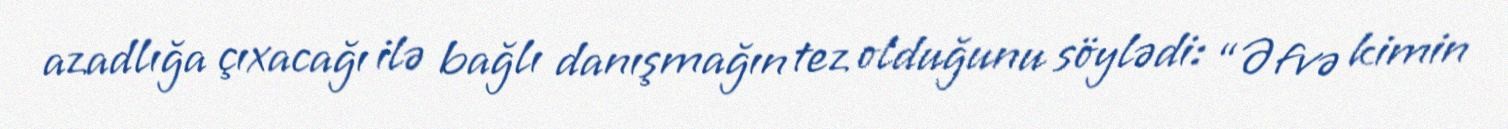
azadlığa çıxacağı ilə bağlı danışmağın tez olduğunu söylədi: “Əfvə kimin